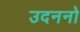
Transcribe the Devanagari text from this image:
उदननो